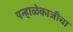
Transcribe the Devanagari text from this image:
पन्हाळेकाजीचा